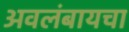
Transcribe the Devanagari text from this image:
अवलंबायचा